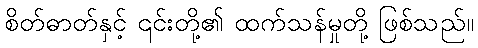
စိတ်ဓာတ်နှင့် ၎င်းတို့၏ ထက်သန်မှုတို့ ဖြစ်သည်။